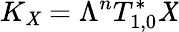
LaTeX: K_{\mathit{X}}=\Lambda^{n}T_{1,0}^{*}\mathit{X}